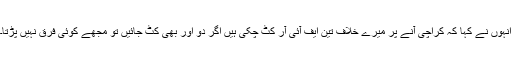
انہوں نے کہا کہ کراچی آنے پر میرے خلاف تین ایف آئی آر کٹ چکی ہیں اگر دو اور بھی کٹ جائیں تو مجھے کوئی فرق نہیں پڑتا۔